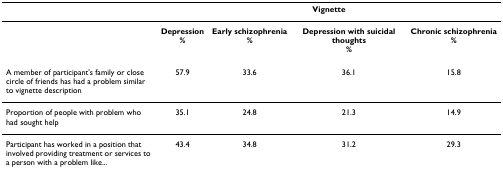
|  | <COLSPAN=4> Vignette |
 | --- | --- | --- | --- | --- |
 |  | Depression% | Early schizophrenia% | Depression with suicidal thoughts% | Chronic schizophrenia% |
 | A member of participant's family or close circle of friends has had a problem similar to vignette description | 57.9 | 33.6 | 36.1 | 15.8 |
 | Proportion of people with problem who had sought help | 35.1 | 24.8 | 21.3 | 14.9 |
 | Participant has worked in a position that involved providing treatment or services to a person with a problem like... | 43.4 | 34.8 | 31.2 | 29.3 |